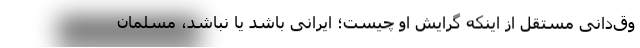
وق‌دانی مستقل از اینکه گرایش او چیست؛ ایرانی باشد یا نباشد، مسلمان